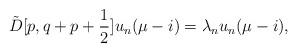
LaTeX: \begin{align*}\tilde{D}[p,q+p+\frac{1}{2}]u_{n}(\mu-i)=\lambda_{n}u_{n}(\mu-i), \end{align*}